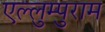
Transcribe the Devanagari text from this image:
एल्लुम्पुराम